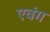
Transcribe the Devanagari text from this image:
एवंग